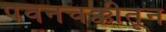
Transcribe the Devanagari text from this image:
पवनचक्कीतून